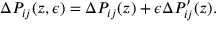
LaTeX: \Delta P _ { i j } ( z , \epsilon ) = \Delta P _ { i j } ( z ) + \epsilon \Delta P _ { i j } ^ { \prime } ( z ) .